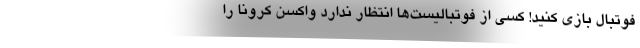
فوتبال بازی کنید! کسی از فوتبالیست‌ها انتظار ندارد واکسن کرونا را